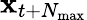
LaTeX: \mathbf{x}_{t+N_{\mathrm{max}}}